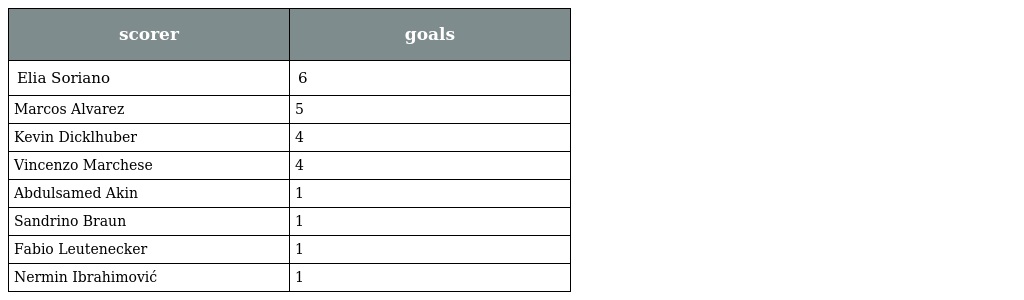
| scorer | goals |
 | --- | --- |
 | Elia Soriano | 6 |
 | Marcos Alvarez | 5 |
 | Kevin Dicklhuber | 4 |
 | Vincenzo Marchese | 4 |
 | Abdulsamed Akin | 1 |
 | Sandrino Braun | 1 |
 | Fabio Leutenecker | 1 |
 | Nermin Ibrahimović | 1 |